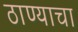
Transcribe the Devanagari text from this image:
ठाण्याचा